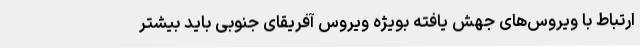
ارتباط با ویروس‌های جهش یافته بویژه ویروس آفریقای جنوبی باید بیشتر